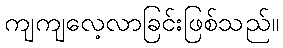
ကျကျလေ့လာခြင်းဖြစ်သည်။